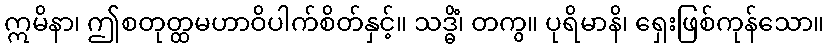
ဣမိနာ၊ ဤစတုတ္ထမဟာဝိပါက်စိတ်နှင့်။ သဒ္ဓိံ၊ တကွ။ ပုရိမာနိ၊ ရှေးဖြစ်ကုန်သော။